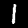
Label: 1